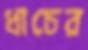
ধাচের